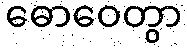
ဓောဝေတွာ